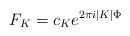
LaTeX: \begin{align*}{F_K = c_K e^{2\pi i |K| \Phi}}\end{align*}